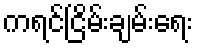
ကရင်ငြိမ်းချမ်းရေး